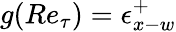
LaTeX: g(Re_{\tau})=\epsilon_{x-w}^{+}